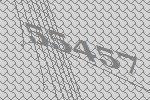
55457